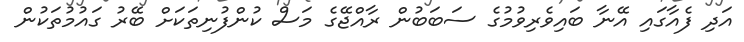
އަދި ފެއާގައި އޭނާ ބައިވެރިވުމުގެ ސަބަބުން ރާއްޖޭގެ މަސް ކުންފުނިތަކަށް ބޭރު ގައުމުތަކުން